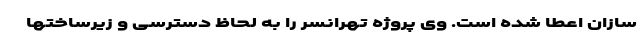
سازان اعطا شده است. وی پروژه تهرانسر را به لحاظ دسترسی و زیرساختها